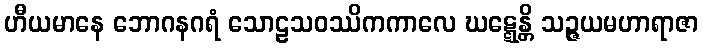
ဟီယမာနေ ဘောဂနဂရံ သောဠသဝဿိကကာလေ ဃဋ္ဋေန္တိ သဉ္ဇယမဟာရာဇာ